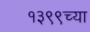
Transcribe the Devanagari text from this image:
१३९९च्या